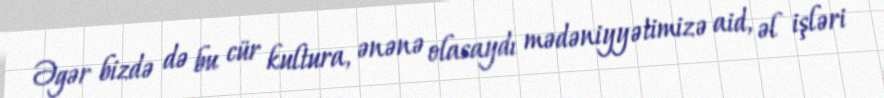
Əgər bizdə də bu cür kultura, ənənə olasaydı mədəniyyətimizə aid, əl işləri